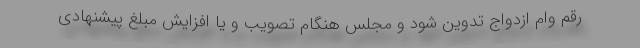
رقم وام ازدواج تدوین شود و مجلس هنگام تصویب و یا افزایش مبلغ پیشنهادی